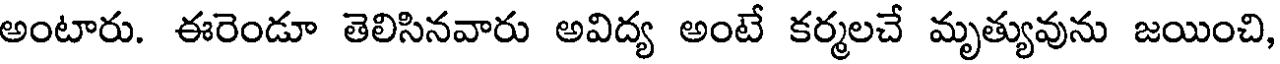
అంటారు. ఈరెండూ తెలిసినవారు అవిద్య అంటే కర్మలచే మృత్యువును జయించి,